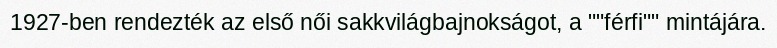
1927-ben rendezték az első női sakkvilágbajnokságot, a ""férfi"" mintájára.